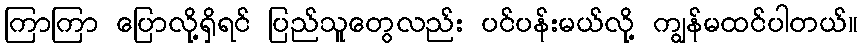
ကြာကြာ ပြောလို့ရှိရင် ပြည်သူတွေလည်း ပင်ပန်းမယ်လို့ ကျွန်မထင်ပါတယ်။